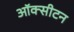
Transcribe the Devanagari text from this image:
ऑक्सीटन